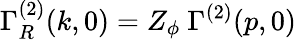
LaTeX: \Gamma_{R}^{(2)}(k,0)=Z_{\phi}~\Gamma^{(2)}(p,0)